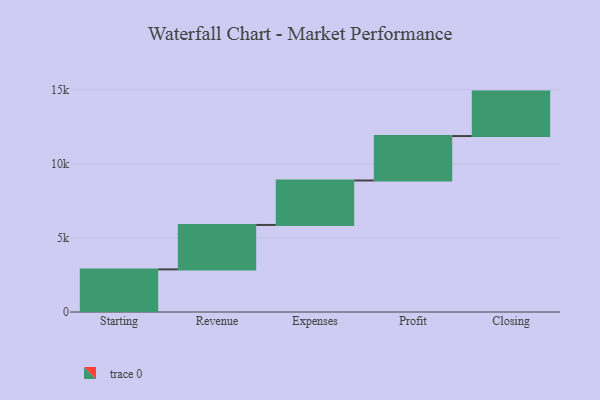
{"axis": {"x": "Step", "y": "Value"}, "legend": [""], "data": [{"x": "Starting", "y": 2876.0, "type": ""}, {"x": "Revenue", "y": 3000, "type": ""}, {"x": "Expenses", "y": 3000, "type": ""}, {"x": "Profit", "y": 3000, "type": ""}, {"x": "Closing", "y": 3000, "type": ""}]}